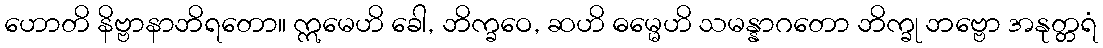
ဟောတိ နိဗ္ဗာနာဘိရတော။ ဣမေဟိ ခေါ, ဘိက္ခဝေ, ဆဟိ ဓမ္မေဟိ သမန္နာဂတော ဘိက္ခု ဘဗ္ဗော အနုတ္တရံ